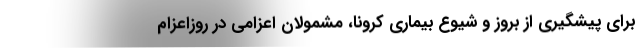
برای پیشگیری از بروز و شیوع بیماری کرونا، مشمولان اعزامی در روزاعزام